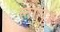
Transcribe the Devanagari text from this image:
लागे।